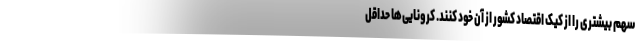
سهم بیشتری را از کیک اقتصاد کشور از آنِ خود کنند. کرونایی‌ها حداقل